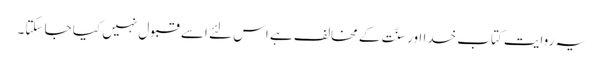
یہ روایت کتاب خدا اور سنّت کے مخالف ہے اس لئے اسے قبول نہیں کیا جا سکتا۔